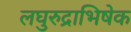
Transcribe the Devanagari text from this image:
लघुरुद्राभिषेक